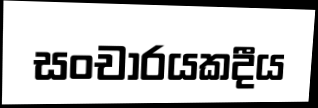
සංචාරයකදීය